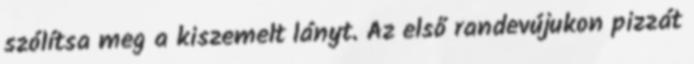
szólítsa meg a kiszemelt lányt. Az első randevújukon pizzát